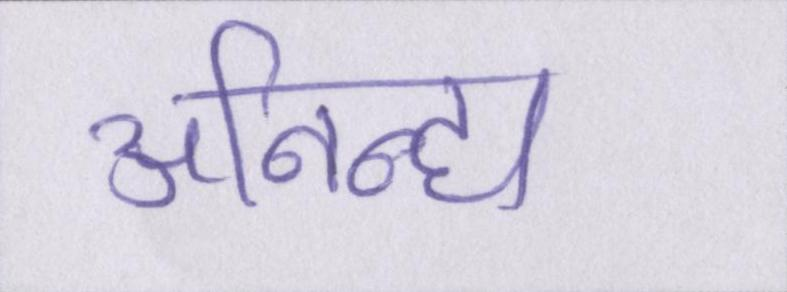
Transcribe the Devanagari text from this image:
अनिन्द्य